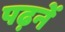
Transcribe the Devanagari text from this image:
पढ़नें